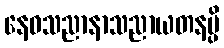
နေဝသညာနာသညာယတနမ္ပိ